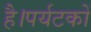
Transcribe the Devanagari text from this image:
है।पर्यटकों